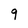
Character: 9